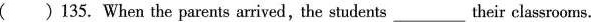
( )135. When the parents arrived,the students___their classrooms.